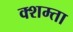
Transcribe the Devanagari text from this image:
क्शम्ता